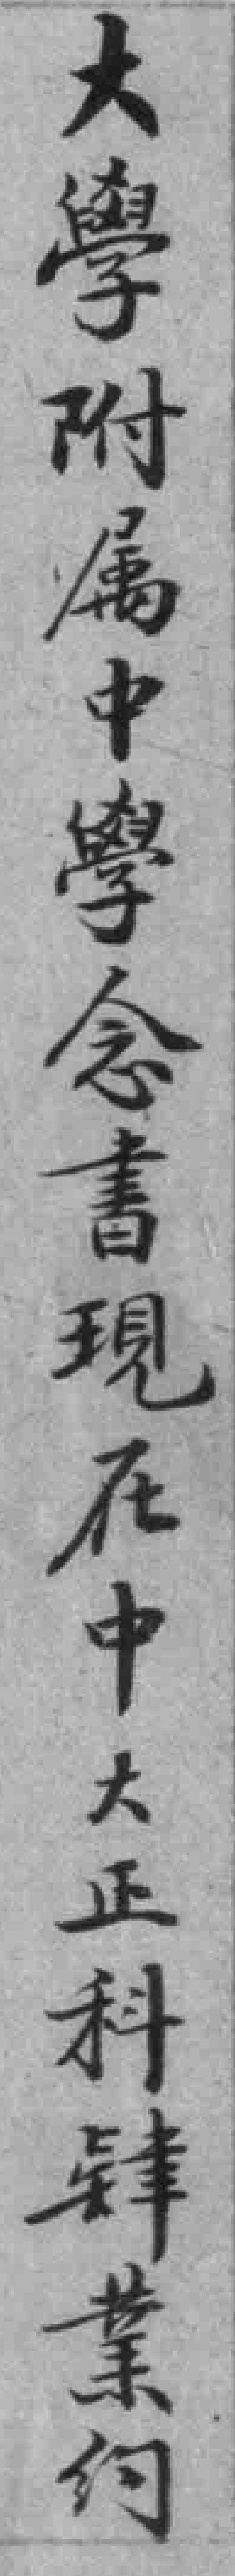
大學附属中學念書現在中大正科肄業约